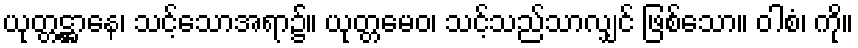
ယုတ္တဋ္ဌာနေ၊ သင့်သောအရာ၌။ ယုတ္တမေဝ၊ သင့်သည်သာလျှင် ဖြစ်သော။ ဝါစံ၊ ကို။